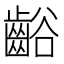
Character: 𲎢